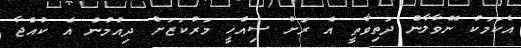
އެކަމަކު ނޭވާލާން ދަތިވާތީ އެ ރަށު ސިއްހީ މަރުކަޒަށް ދިއުމުން އެ ކުއްޖާ